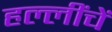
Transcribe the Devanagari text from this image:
हल्लींचें